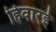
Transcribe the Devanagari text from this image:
हिवारई